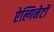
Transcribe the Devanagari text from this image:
ऐल्गिनेटों